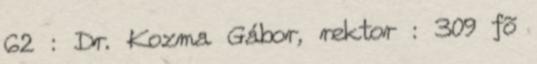
62 : Dr. Kozma Gábor, rektor : 309 fõ